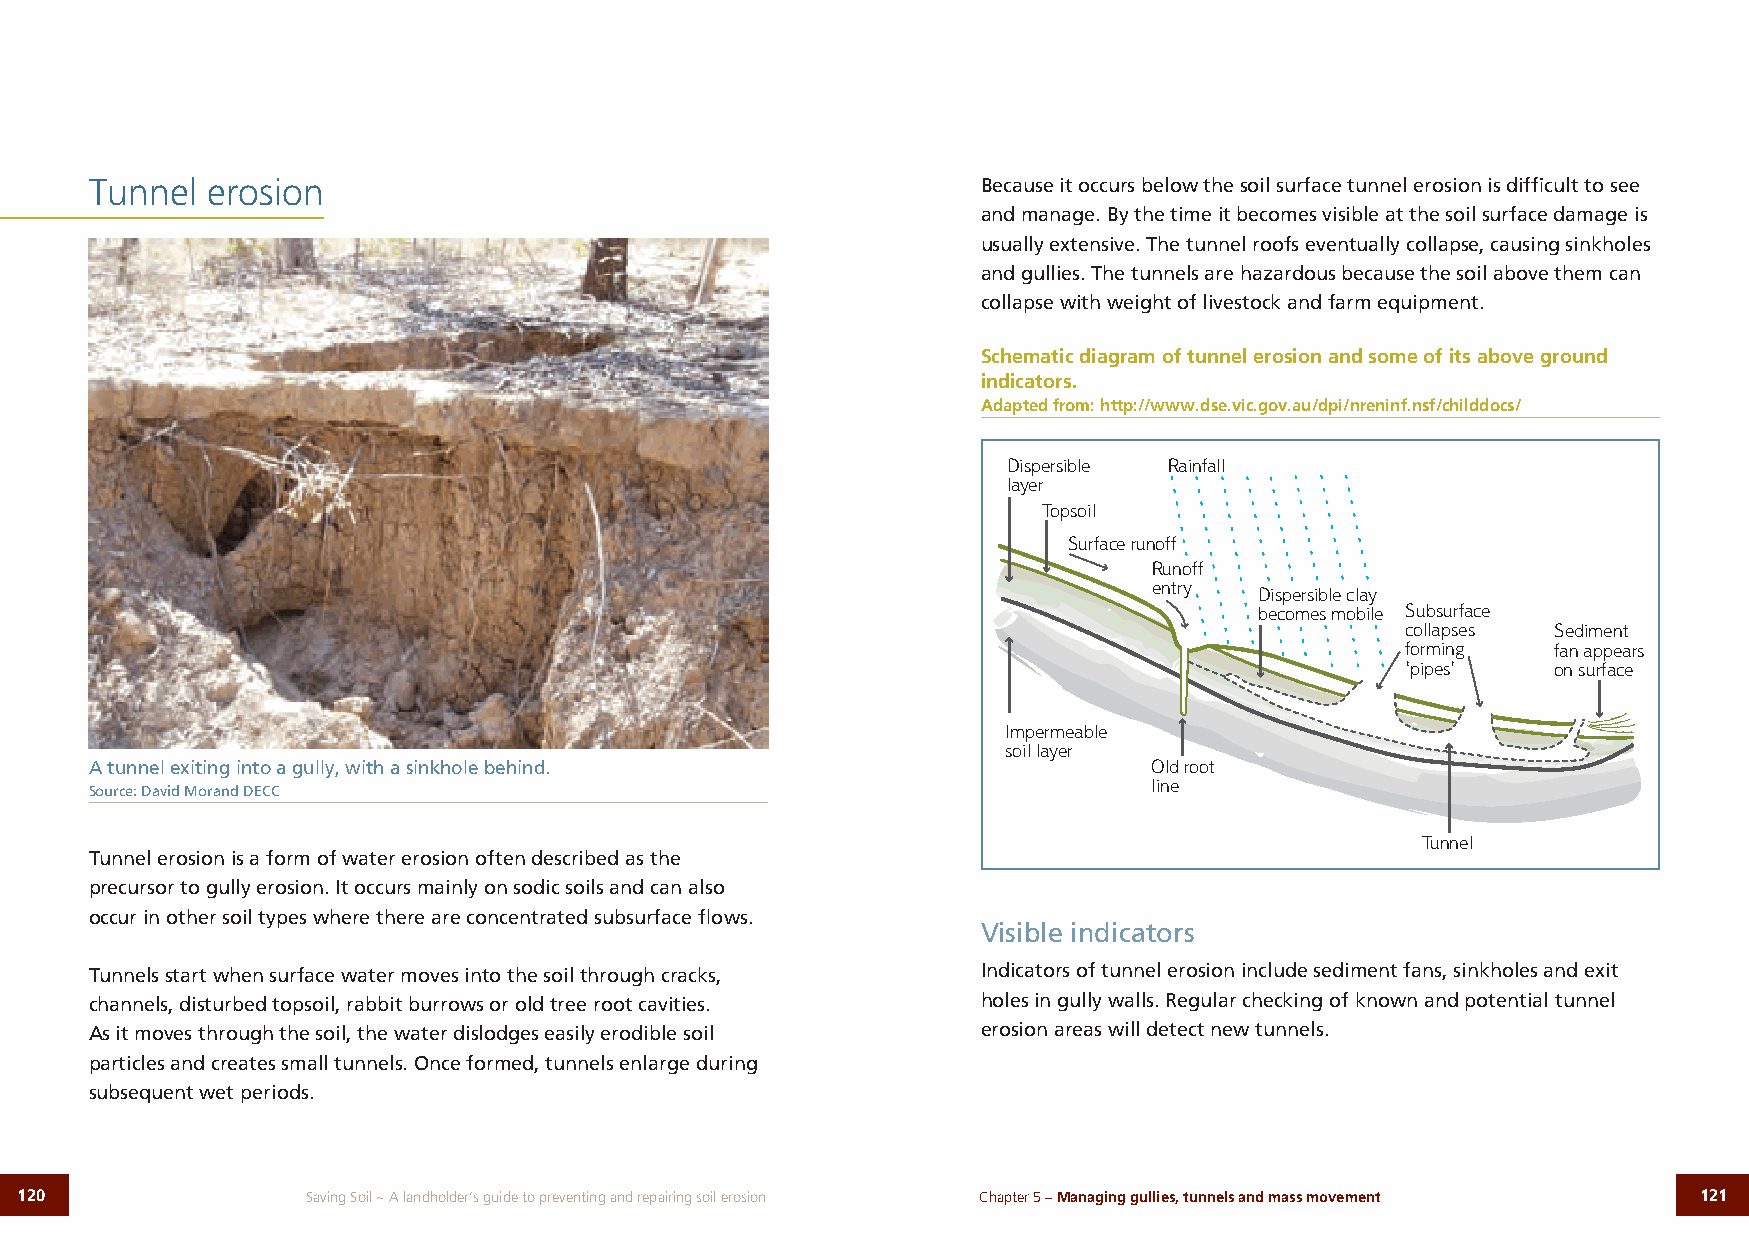
Tunnel  erosion                                            Because it occurs below the soil surface tunnel erosion is difficult to see
 and manage. By the time it becomes visible at the soil surface damage is
 usually extensive. The tunnel roofs eventually collapse, causing sinkholes
 and gullies. The tunnels are hazardous because the soil above them can
 collapse with weight of livestock and farm equipment.
 Schematic diagram of tunnel erosion and some of its above ground
 indicators.
 Adapted from: http://www.dse.vic.gov.au/dpi/nreninf.nsf/childdocs/
 Dispersible Rainfall
 layer
 Topsoil
 Surface runoff
 Runoff
 entry
 Dispersible clay
 becomes mobile Subsurface
 collapses Sediment
 forming   fan appears
 ‘pipes’   on surface
 Impermeable
 soil layer
 A tunnel exiting into a gully, with a sinkhole behind.                Old root
 line
 Source: David Morand DECC
 Tunnel
 Tunnel erosion is a form of water erosion often described as the
 precursor to gully erosion. It occurs mainly on sodic soils and can also
 occur in other soil types where there are concentrated subsurface flows.
 Visible indicators
 Tunnels start when surface water moves into the soil through cracks, Indicators of tunnel erosion include sediment fans, sinkholes and exit
 channels, disturbed topsoil, rabbit burrows or old tree root cavities. holes in gully walls. Regular checking of known and potential tunnel
 As it moves through the soil, the water dislodges easily erodible soil erosion areas will detect new tunnels.
 particles and creates small tunnels. Once formed, tunnels enlarge during
 subsequent wet periods.
 120                Saving Soil ~ A landholder’s guide to preventing and repairing soil erosion Chapter 5 – Managing gullies, tunnels and mass movement 121